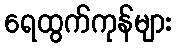
ရေထွက်ကုန်များ